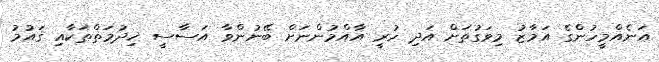
އަނެއްމީހުންގެ އަމާޒު މިވަގުތަށް އަދި ހުރީ އާއްމުންނަށް ބޭނުންވާ އަސާސީ ޚިދުމަތްތަކާއި ޤައުމު